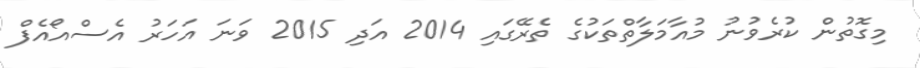
މިގޮތުން ކުރެވުނު މުއާމަލާތްތަކުގެ ތެރޭގައި 2014 އަދި 2015 ވަނަ އަހަރު އެސްއޯއެފް